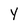
Character: Y